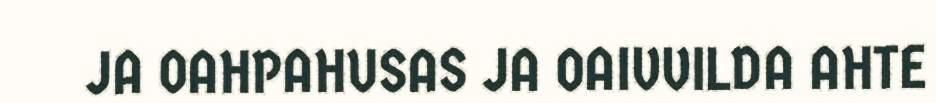
JA OAHPAHUSAS JA OAIVVILDA AHTE